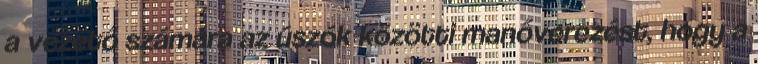
a vezető számára az úszók közötti manőverezést, hogy a